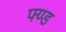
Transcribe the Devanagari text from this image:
फ्ण्ड